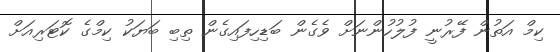
ކިމް އަތުން ފޭރުނީ ފުލުހުންނަށް ވެގެން ބަޑިހިފައިގެން ތިބި ބަޔަކު ކިމްގެ ކޮޓަރިއަށް